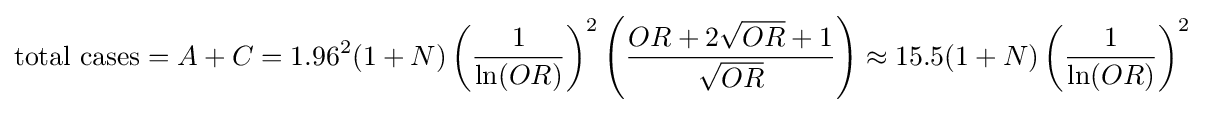
{\text{total cases}}=A+C=1.96^{2}(1+N)\left({\frac {1}{\ln(OR)}}\right)^{2}\left({\frac {OR+2{\sqrt {OR}}+1}{\sqrt {OR}}}\right)\approx 15.5(1+N)\left({\frac {1}{\ln(OR)}}\right)^{2}